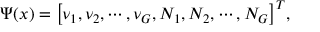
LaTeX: \Psi ( x ) = \bigl [ \nu _ { 1 } , \nu _ { 2 } , \cdots , \nu _ { G } , N _ { 1 } , N _ { 2 } , \cdots , N _ { G } \bigr ] ^ { T } ,